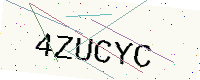
Text: 4ZUCYC